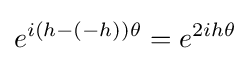
e^{i(h-(-h))\theta }=e^{2ih\theta }